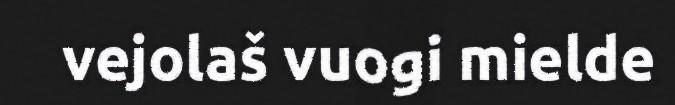
vejolaš vuogi mielde